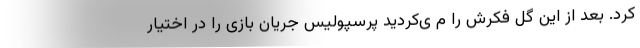
کرد. بعد از این گل فکرش را م ی‌کردید پرسپولیس جریان بازی را در اختیار